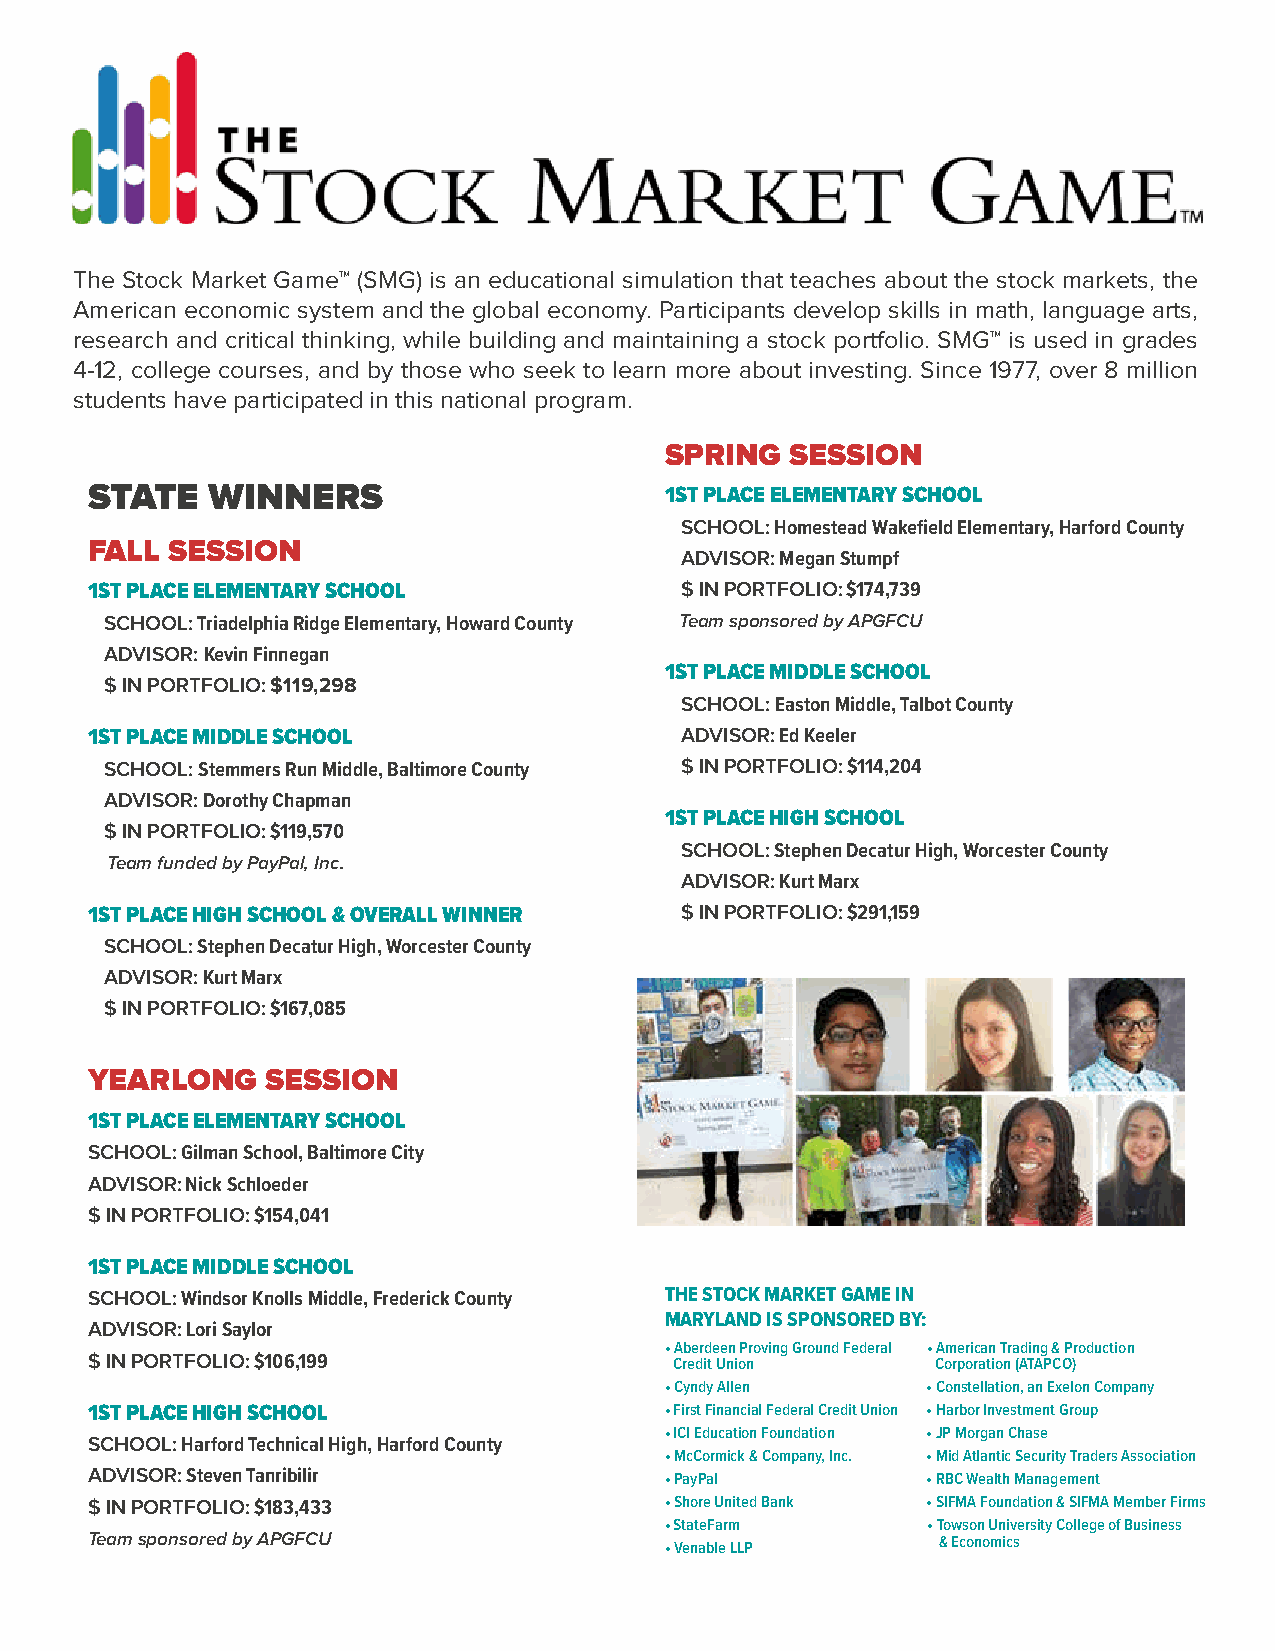
The Stock Market Game™ (SMG) is an educational simulation that teaches about the stock markets, the
 American economic system and the global economy. Participants develop skills in math, language arts,
 research and critical thinking, while building and maintaining a stock portfolio. SMG™ is used in grades
 4-12, college courses, and by those who seek to learn more about investing. Since 1977, over 8 million
 students have participated in this national program.
 SPRING  SESSION
 STATE   WINNERS
 1ST PLACE ELEMENTARY SCHOOL
 SCHOOL: Homestead Wakefield Elementary, Harford County
 FALL SESSION
 ADVISOR: Megan Stumpf
 1ST PLACE ELEMENTARY SCHOOL            $ IN PORTFOLIO: $174,739
 SCHOOL: Triadelphia Ridge Elementary, Howard County Team sponsored by APGFCU
 ADVISOR: Kevin Finnegan
 1ST PLACE MIDDLE SCHOOL
 $ IN PORTFOLIO: $119,298
 SCHOOL: Easton Middle, Talbot County
 1ST PLACE MIDDLE SCHOOL                ADVISOR: Ed Keeler
 SCHOOL: Stemmers Run Middle, Baltimore County $ IN PORTFOLIO: $114,204
 ADVISOR: Dorothy Chapman
 1ST PLACE HIGH SCHOOL
 $ IN PORTFOLIO: $119,570
 SCHOOL: Stephen Decatur High, Worcester County
 Team funded by PayPal, Inc.
 ADVISOR: Kurt Marx
 1ST PLACE HIGH SCHOOL & OVERALL WINNER $ IN PORTFOLIO: $291,159
 SCHOOL: Stephen Decatur High, Worcester County
 ADVISOR: Kurt Marx
 $ IN PORTFOLIO: $167,085
 YEARLONG    SESSION
 1ST PLACE ELEMENTARY SCHOOL
 SCHOOL: Gilman School, Baltimore City
 ADVISOR: Nick Schloeder
 $ IN PORTFOLIO: $154,041
 1ST PLACE MIDDLE SCHOOL
 SCHOOL: Windsor Knolls Middle, Frederick County THE STOCK MARKET GAME IN
 MARYLAND IS SPONSORED BY:
 ADVISOR: Lori Saylor
 • Aberdeen Proving Ground Federal • American Trading & Production
 $ IN PORTFOLIO: $106,199               Credit Union     Corporation (ATAPCO)
 • Cyndy Allen    • Constellation, an Exelon Company
 1ST PLACE HIGH SCHOOL                 • First Financial Federal Credit Union • Harbor Investment Group
 • ICI Education Foundation • JP Morgan Chase
 SCHOOL: Harford Technical High, Harford County
 • McCormick & Company, Inc. • Mid Atlantic Security Traders Association
 ADVISOR: Steven Tanribilir            • PayPal         • RBC Wealth Management
 $ IN PORTFOLIO: $183,433              • Shore United Bank • SIFMA Foundation & SIFMA Member Firms
 • StateFarm      • Towson University College of Business
 Team sponsored by APGFCU              • Venable LLP     & Economics